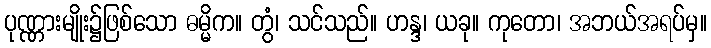
ပုဏ္ဏားမျိုး၌ဖြစ်သော ဓမ္မိက။ တွံ၊ သင်သည်။ ဟန္ဒ၊ ယခု။ ကုတော၊ အဘယ်အရပ်မှ။